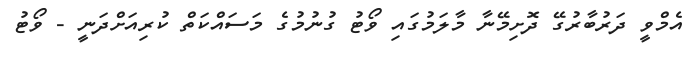
އެމްވީ ދަރުބާރުގޭ ދޮށިމޭނާ މާލަމުގައި ވޯޓު ގުނުމުގެ މަސައްކަތް ކުރިއަށްދަނީ - ވޯޓު